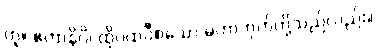
တူ။ ဧတာနိပိ၊ ထိုပထဝီစသော မဟာဘုတ်တို့သည်လည်း။